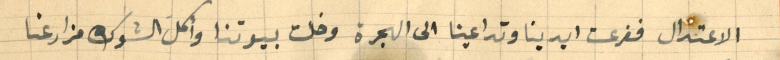
الاعتدال ففرعت ايدينا وتداعينا الى الهجرة وخلت بيوتنا وأكل الشوك مزارعنا